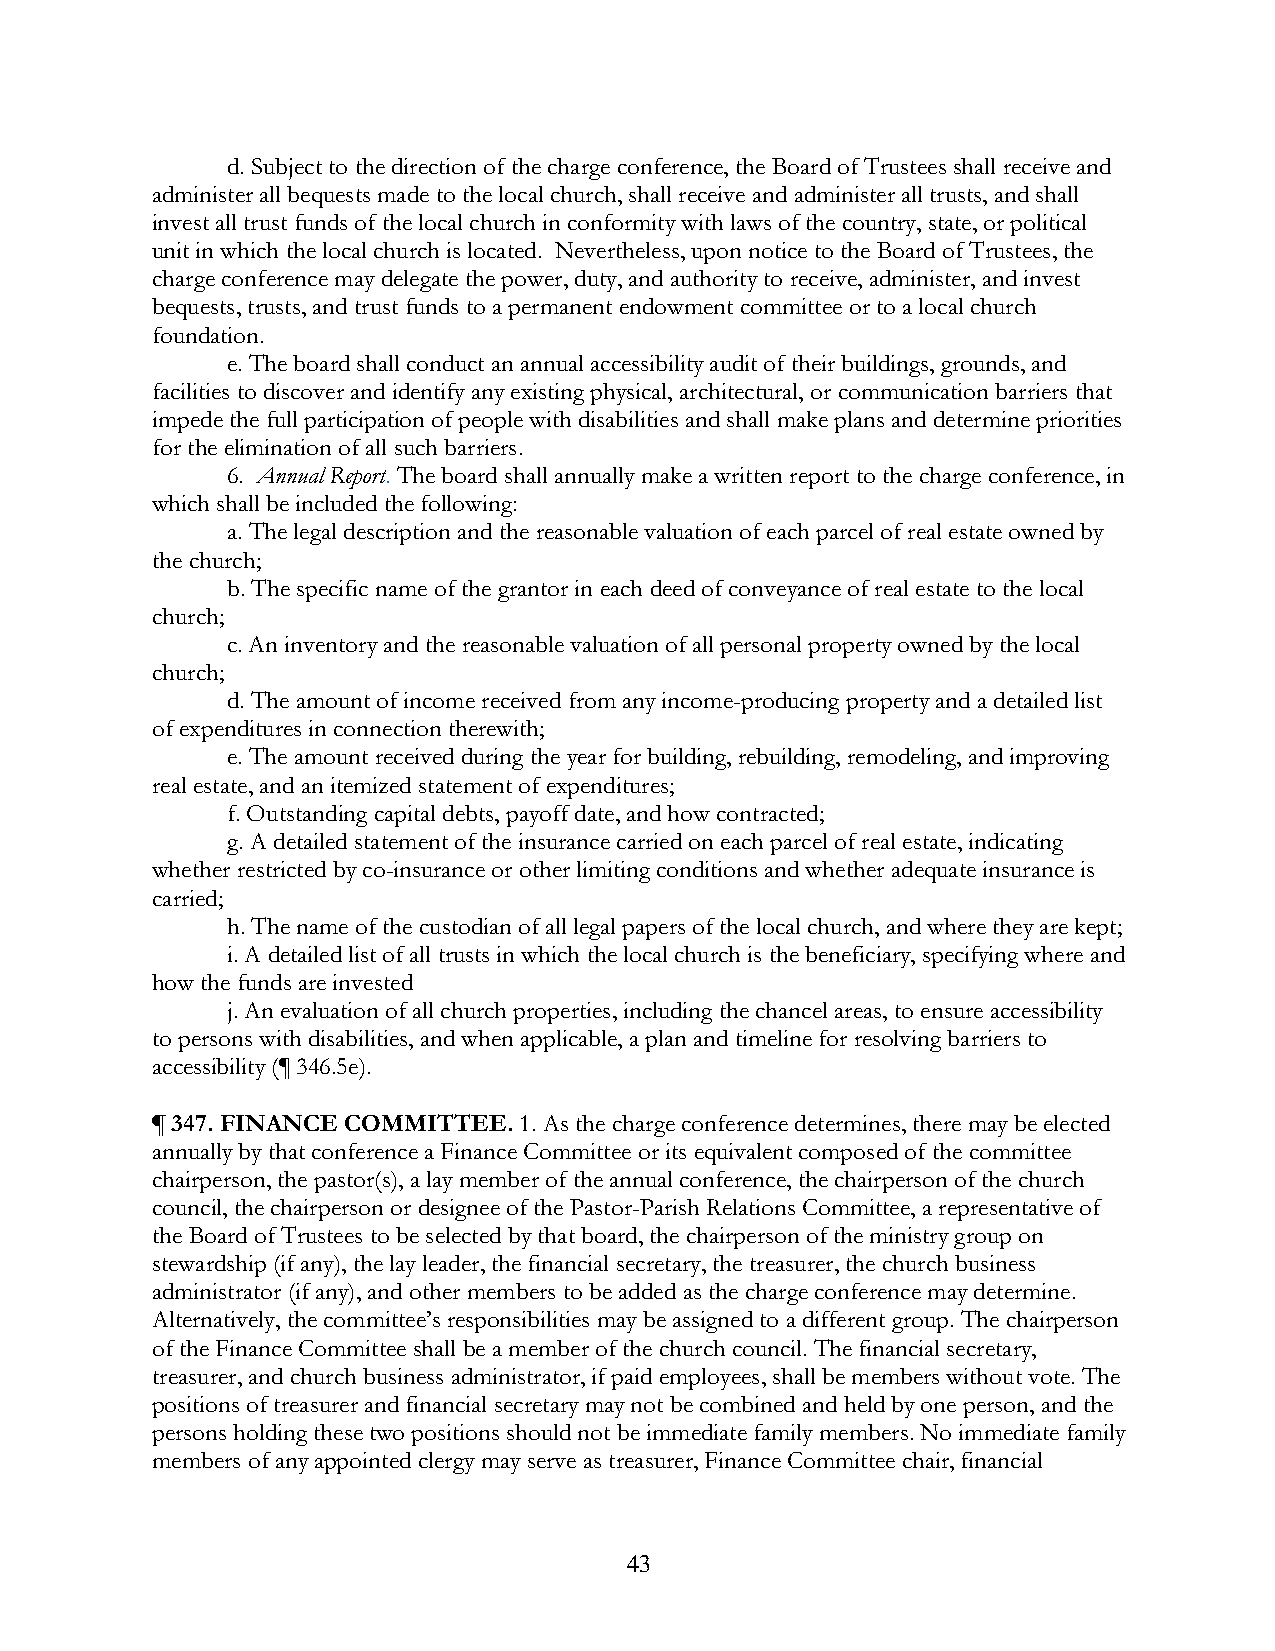
d. Subject to the direction of the charge conference, the Board of Trustees shall receive and
 administer all bequests made to the local church, shall receive and administer all trusts, and shall
 invest all trust funds of the local church in conformity with laws of the country, state, or political
 unit in which the local church is located. Nevertheless, upon notice to the Board of Trustees, the
 charge conference may delegate the power, duty, and authority to receive, administer, and invest
 bequests, trusts, and trust funds to a permanent endowment committee or to a local church
 foundation.
 e. The board shall conduct an annual accessibility audit of their buildings, grounds, and
 facilities to discover and identify any existing physical, architectural, or communication barriers that
 impede the full participation of people with disabilities and shall make plans and determine priorities
 for the elimination of all such barriers.
 6. Annual Report. The board shall annually make a written report to the charge conference, in
 which shall be included the following:
 a. The legal description and the reasonable valuation of each parcel of real estate owned by
 the church;
 b. The specific name of the grantor in each deed of conveyance of real estate to the local
 church;
 c. An inventory and the reasonable valuation of all personal property owned by the local
 church;
 d. The amount of income received from any income-producing property and a detailed list
 of expenditures in connection therewith;
 e. The amount received during the year for building, rebuilding, remodeling, and improving
 real estate, and an itemized statement of expenditures;
 f. Outstanding capital debts, payoff date, and how contracted;
 g. A detailed statement of the insurance carried on each parcel of real estate, indicating
 whether restricted by co-insurance or other limiting conditions and whether adequate insurance is
 carried;
 h. The name of the custodian of all legal papers of the local church, and where they are kept;
 i. A detailed list of all trusts in which the local church is the beneficiary, specifying where and
 how the funds are invested
 j. An evaluation of all church properties, including the chancel areas, to ensure accessibility
 to persons with disabilities, and when applicable, a plan and timeline for resolving barriers to
 accessibility (¶ 346.5e).
 ¶ 347. FINANCE COMMITTEE. 1. As the charge conference determines, there may be elected
 annually by that conference a Finance Committee or its equivalent composed of the committee
 chairperson, the pastor(s), a lay member of the annual conference, the chairperson of the church
 council, the chairperson or designee of the Pastor-Parish Relations Committee, a representative of
 the Board of Trustees to be selected by that board, the chairperson of the ministry group on
 stewardship (if any), the lay leader, the financial secretary, the treasurer, the church business
 administrator (if any), and other members to be added as the charge conference may determine.
 Alternatively, the committee’s responsibilities may be assigned to a different group. The chairperson
 of the Finance Committee shall be a member of the church council. The financial secretary,
 treasurer, and church business administrator, if paid employees, shall be members without vote. The
 positions of treasurer and financial secretary may not be combined and held by one person, and the
 persons holding these two positions should not be immediate family members. No immediate family
 members of any appointed clergy may serve as treasurer, Finance Committee chair, financial
 43